Vaccination in Burma 1900-1911 - 1900-1911
Year: 1900
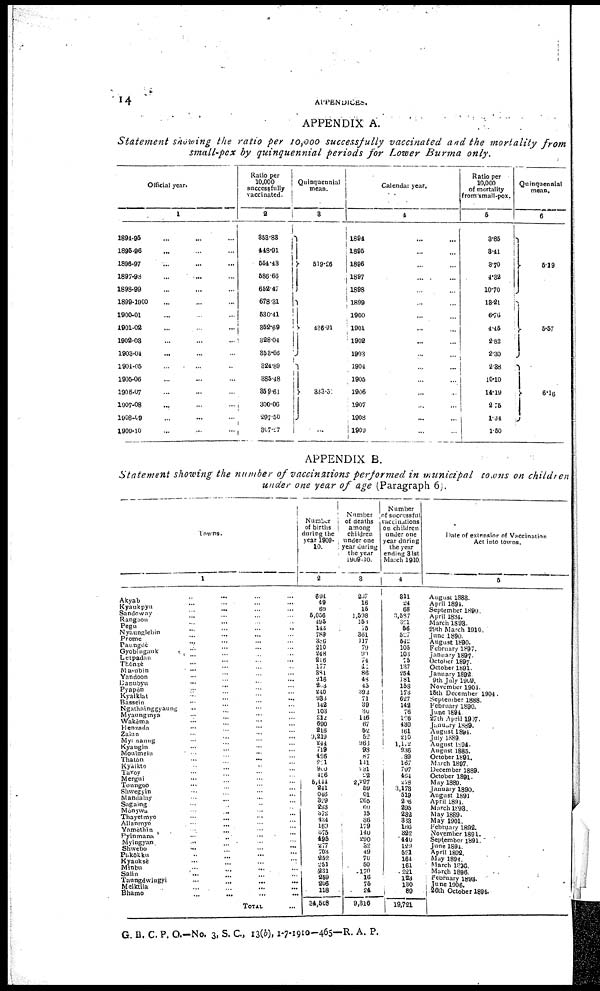
14
APPENDICES.
APPENDIX A.
Statement showing the ratio per 10,000 successfully vaccinated and the mortality from
small-pox by quinquennial periods for Lower Burma only.
Official year.
1
1894-95 ... ... ...
1895-96 ... ... ...
1896-97
... ... ...
1897-98 ... ... ...
1898-99 ... ... ...
1899-1900 ... ... ...
1900-01 ... ... ...
1901-02 ... ... ...
1902-03 ... ... ...
1903-04 ... ... ...
1904-05 ... ... ...
1905-06 ... ... ...
1906-07 ... ... ...
1907-08 ... ... ...
1908-09 ... ... ...
1909-10
...
...
...
Ratio per
10,000
successfully
vaccinated.
2
358.83
448.91
554.43
586.66
652.47
678.31
530.41
352.69
328.04
353.56
324.89
385.48
359.61
300.06
297.50
307.27
Quinquennial
mean.
3
519.26
436.91
333.51
...
Calendar year.
4
1894 ... ...
1895 ... ...
1896 ... ...
1897 ... ...
1898 ... ...
1899 ... ...
1900 ... ...
1901 ... ...
1902 ... ...
1903
... ...
1904 ... ...
1905 ... ...
1906 ... ...
1907 ... ...
1908 ... ...
1909 ... ...
Ratio per
10,000
of mortality
from small-pox.
5
3.85
3.41
3.70
4.32
10.70
13.21
6.76
4.45
2.82
2.30
2.38
10.10
14.19
2.75
1.34
1.50
Quinquennial
mean.
6
5.19
5.57
6.16
APPENDIX B.
Statement showing the number of vaccinations performed in municipal towns on children
under one year of age (Paragraph 6).
Towns.
1
Akyab ... ... ... ...
Kyaukpyu ... ... ... ...
Sandoway ... ... ... ...
Rangoon ... ... ... ...
Pegu ... ... ... ...
Nyaunglebin ... ... ... ...
Prome ... ... ... ...
Paungdè ... ... ... ...
Gyobingauk ... ... ... ...
Letpadan ... ... ... ...
Thônzè ... ... ... ...
Ma-ubin ... ... ... ...
Yandoon ... ... ... ...
Danubyu ... ... ... ...
Pyapón ... ... ... ...
Kyaikiat ... ... ... ...
Bassein ... ... ... ...
Ngathainggyaung ... ... ... ...
Myaungmya ... ... ... ...
Wakèma ... ... ... ...
Henzada ... ... ... ...
Zalun ... ... ... ...
Myanaung ... ... ... ...
Kyangin ... ... ... ...
Moulmein ... ... ... ...
Thatôn ... ... ... ...
Kyaikto ... ... ... ...
Tavoy ... ... ... ...
Mergui ... ... ... ...
Toungoo ... ... ... ...
Shwegyin ... ... ... ...
Mandalay ... ... ... ...
Sagaing ... ... ... ...
Mônywa ... ... ... ...
Thayetmyo ... ... ... ...
Allanmyo ... ... ... ...
Yamèthin ... ... ... ...
Pyinmana ... ... ... ...
Myingyan ... ... ... ...
Shwebo ... ... ... ...
Pakôkku ... ... ... ...
Kyauksè ... ... ... ...
Minbu ... ... ... ...
Salin ... ... ... ...
Taungdwingyi ... ... ... ...
Meiktila ... ... ... ...
Bhamo
...
...
...
...
TOTAL ...
Number
of births
during the
year 1909-
10.
2
694
49
69
5,056
495
143
789
386
210
248
216
177
381
216
203
240
933
142
103
212 690
216
9,219
244
719
426
221
900
456
5,444
241
946
329
293
372
434
160
375
495
277
703
252
251
231
259
206
118
34,548
Number
of deaths
among
children
under one
year during
the year
1909-10.
3
237
16
15
1,598
153
75
361
117
79
99
74
41
86
48
45
392
71
39
30
146
67
52
52
963
93
87
141
231
22
2,297
59
61
265
60
15
86
179
140
290
32
49
70
50
170
16
75
24
9,36
Number
of successful
vaccinations
on children
under one
year during
the year
ending 31st
March 1910.
4
311
24
68
3,587
321
56
527
542
105
103
75
137
254
181
158
173
627
142
76
126
430
161
210
1,172
936
89
167
797
454
278
3,173
519
206
295
232
888
166
322
440
129
521
164
161
221
123
130
89
19,721
Date of extension of Vaccination
Act into towns.
5
August 1888.
April 1894.
September 1890.
April 1884.
March 1893.
29th March 1910.
June 1890.
August 1890.
February 1897.
January 1897.
October 1897.
October 1891.
January 1892.
9th July 1909.
November 1904.
15th December 1904.
September 1888.
February 1890.
June 1894.
27th April 1907.
January 1889.
August 1894.
July 1889.
August 1894.
August 1885.
October 1891.
March 1897.
December 1889.
October 1891.
May 1889.
January 1890.
August 1891.
April 1894.
March 1898.
May 1889.
May 1901.
February 1892.
November 1891.
September 1891.
June 1894.
April 1892.
May 1894.
March 1896.
March 1896.
February 1893.
June 1906.
26th October 1894.
G. B. C. P. O.—No. 3, S. C., 13(b), 1-7-1910-465—R. A. P.